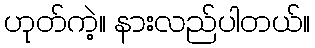
ဟုတ်ကဲ့။ နားလည်ပါတယ်။